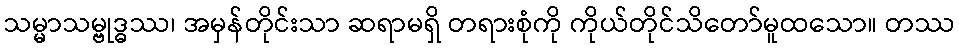
သမ္မာသမ္ဗုဒ္ဓဿ၊ အမှန်တိုင်းသာ ဆရာမရှိ တရားစုံကို ကိုယ်တိုင်သိတော်မူထသော။ တဿ